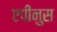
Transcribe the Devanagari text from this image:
एपीनुस